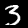
Digit: 3